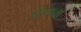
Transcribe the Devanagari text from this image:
पॅलप्वा